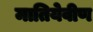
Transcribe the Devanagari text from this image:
मातियेवीण